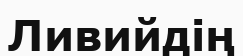
Ливийдің